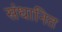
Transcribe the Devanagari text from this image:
संधानित